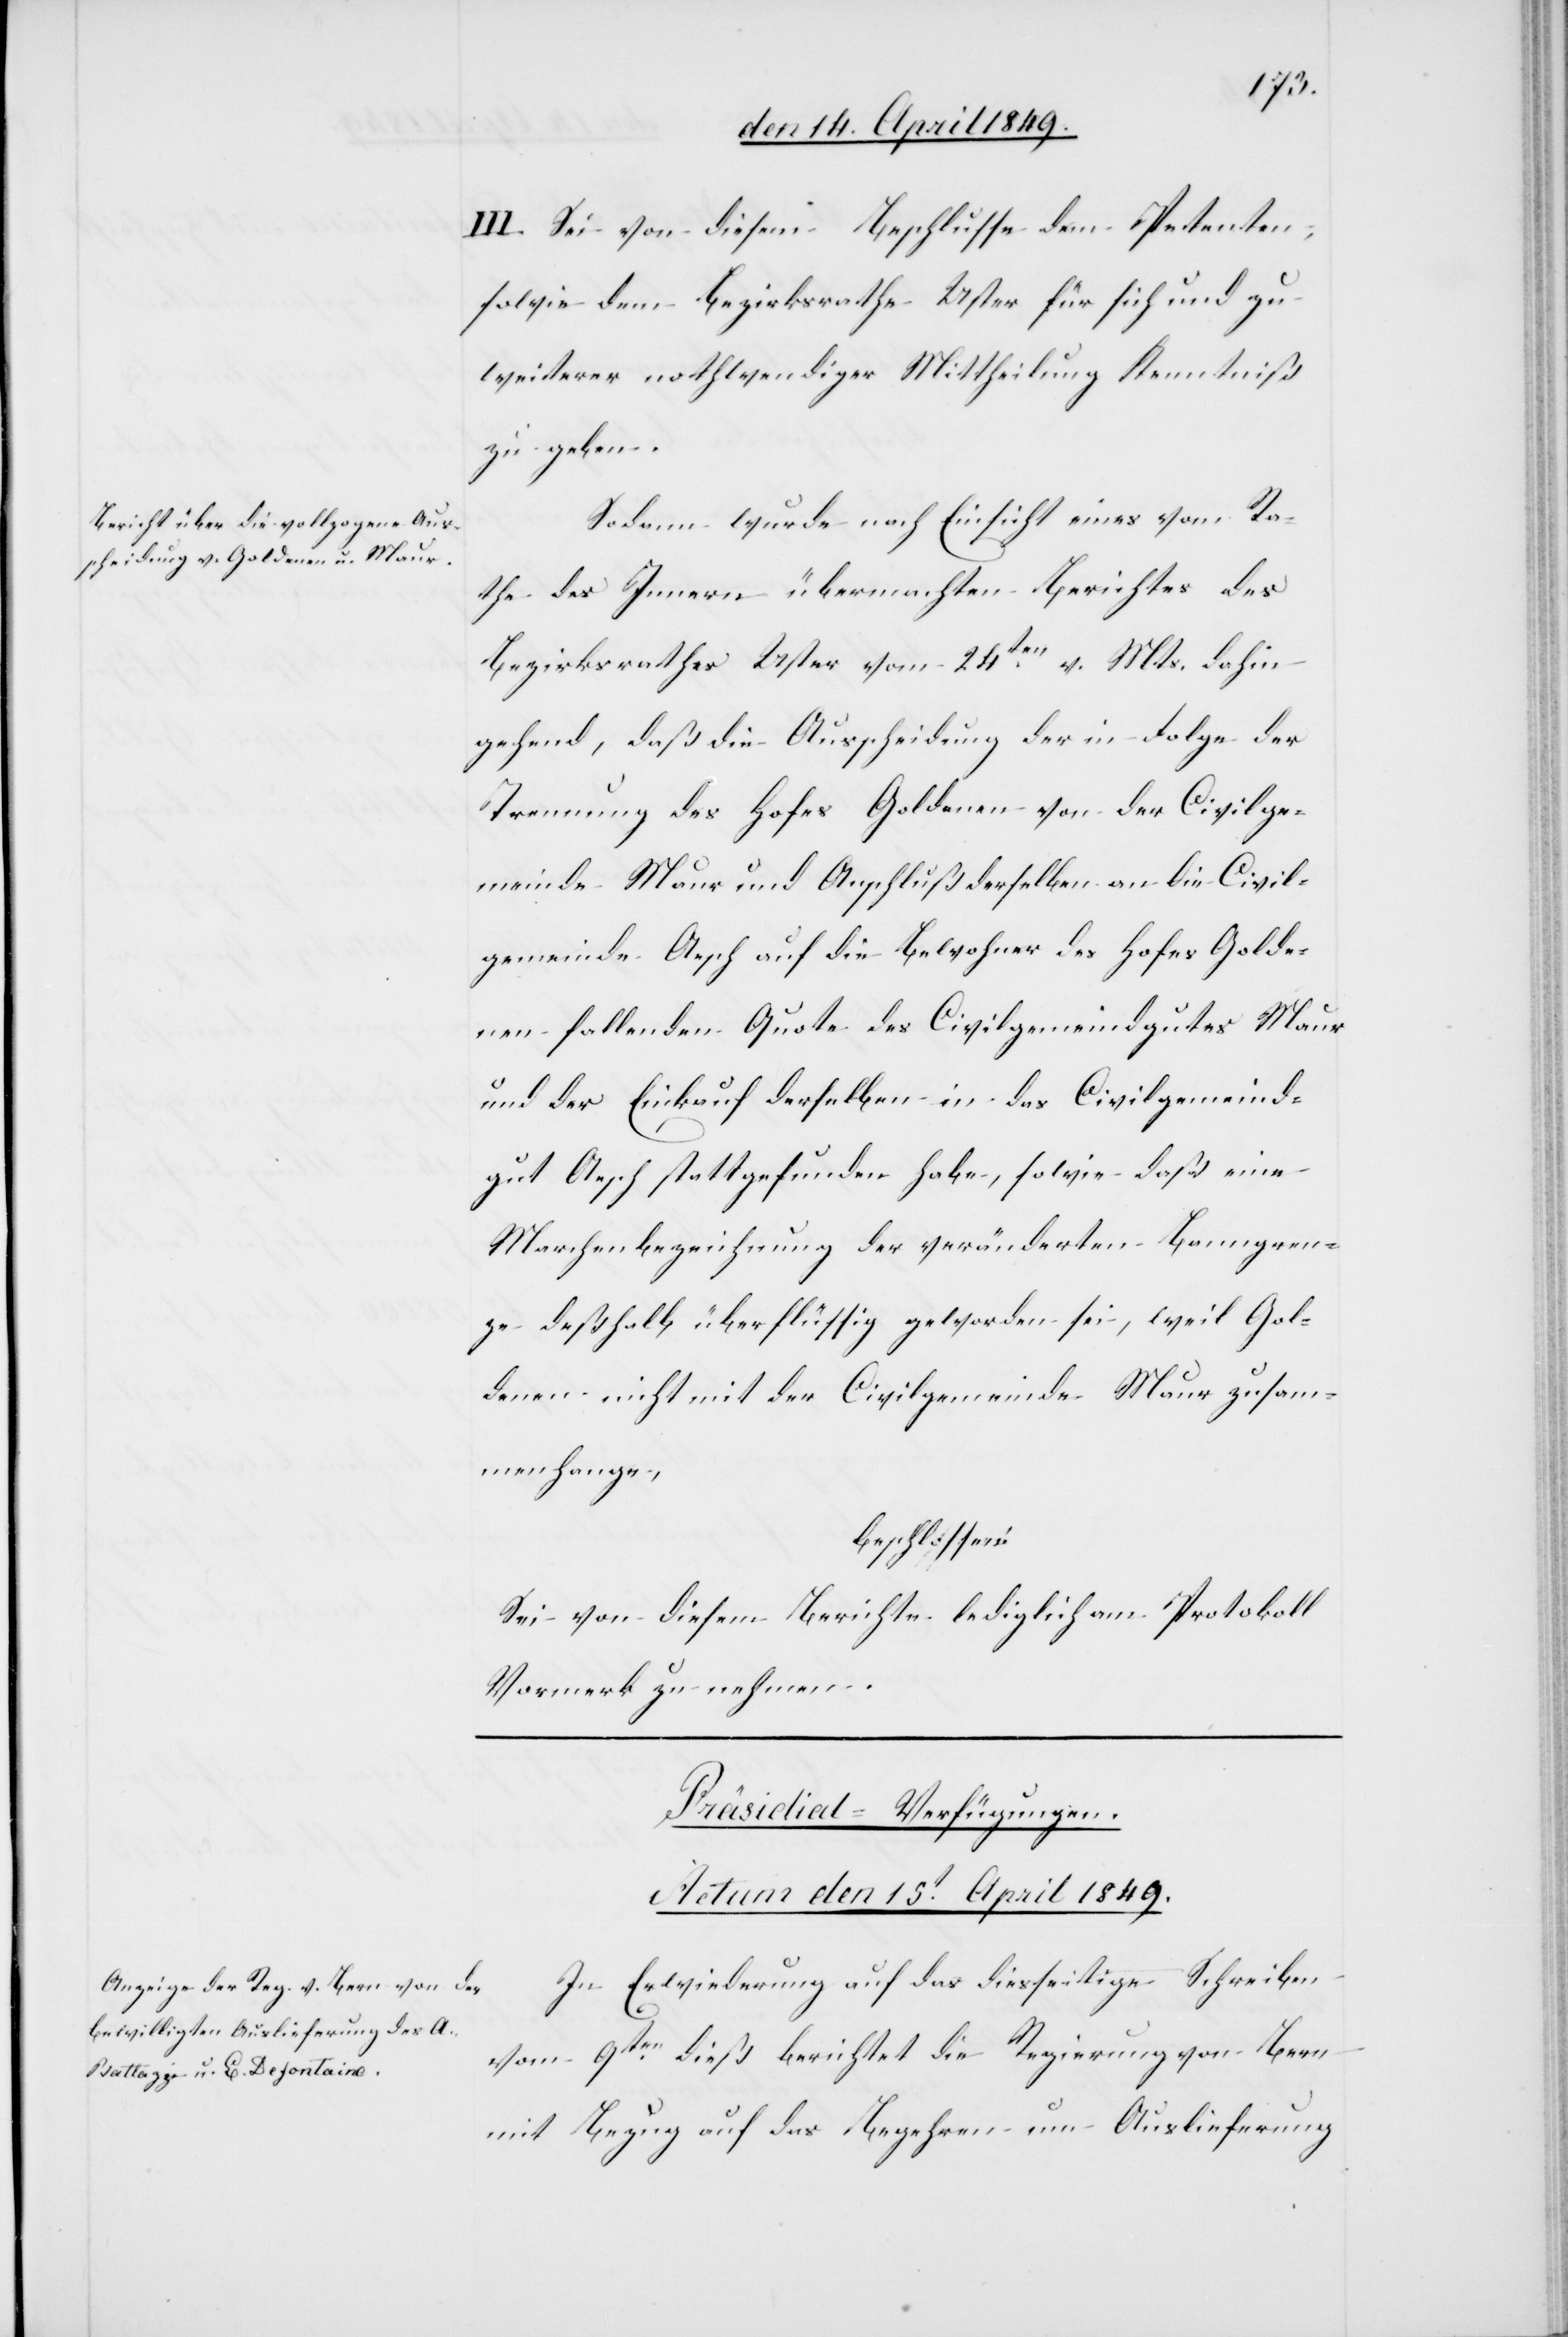
III. Sei von diesem Beschlusse dem Petenten,
sowie dem Bezirksrathe Uster für sich und zu
weiterer nothwendiger Mittheilung Kenntniß
zu geben.
Sodann wurde nach Einsicht eines vom Ra¬
the des Innern übermachten Berichtes des
Bezirksrathes Uster vom 24ten v. Mts. dahin
gehend, daß die Ausscheidung der in Folge der
Trennung des Hofes Goldenen von der Civilge¬
meinde Maur und Anschluß derselben an die Civil¬
gemeinde Aesch auf die Bewohner des Hofes Golde¬
nen fallenden Quote des Civilgemeindgutes Maur
und der Einkauf derselben in das Civilgemeind¬
gut Aesch stattgefunden habe, sowie daß eine
Marchenbezeichnung der veränderten Banngren¬
ze deßhalb überflüssig geworden sei, weil Gol¬
denen nicht mit der Civilgemeinde Maur zusam¬
menhange,
beschlossen:
Sei von diesem Berichte lediglich am Protokoll
Vormerk zu nehmen.
Präsidial-Verfügungen.
Actum den 15t April 1849.
In Erwiederung auf das diesseitige Schreiben
vom 9ten dieß berichtet die Regierung von Bern
mit Bezug auf das Begehren um Auslieferung